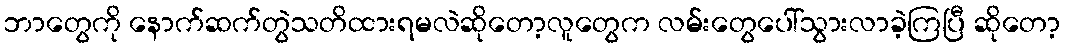
ဘာတွေကို နောက်ဆက်တွဲသတိထားရမလဲဆိုတော့လူတွေက လမ်းတွေပေါ်သွားလာခဲ့ကြပြီ ဆိုတော့